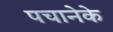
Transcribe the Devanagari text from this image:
पचानेके